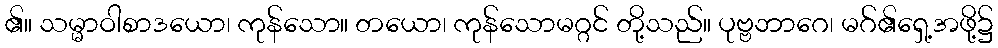
၏။ သမ္မာဝါစာဒယော၊ ကုန်သော။ တယော၊ ကုန်သောမဂ္ဂင် တို့သည်။ ပုဗ္ဗဘာဂေ၊ မဂ်၏ရှေ့အဖို့၌